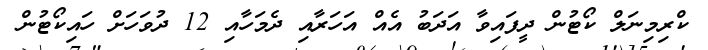
ކްރިމިނަލް ކޯޓުން ދީފައިވާ އަދަބު އެއް އަހަރާއި ދެމަހާއި 12 ދުވަހަށް ހައިކޯޓުން